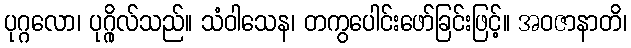
ပုဂ္ဂလော၊ ပုဂ္ဂိုလ်သည်။ သံဝါသေန၊ တကွပေါင်းဖော်ခြင်းဖြင့်။ အဝဇာနာတိ၊